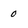
Character: 0